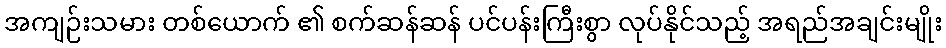
အကျဉ်းသမား တစ်ယောက် ၏ စက်ဆန်ဆန် ပင်ပန်းကြီးစွာ လုပ်နိုင်သည့် အရည်အချင်းမျိုး